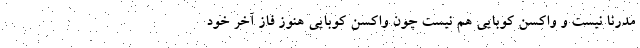
مدرنا نیست و واکسن کوبایی هم نیست چون واکسن کوبایی هنوز فاز آخر خود